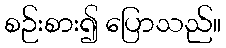
စဉ်းစား၍ ပြောသည်။